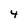
Character: 4